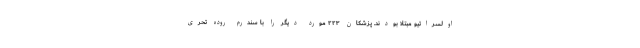
اولسراتیو مبتلا بودند. پزشکان ۲۲۳ مورد دیگر را با سندرم روده تحری